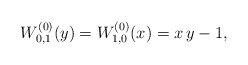
\begin{align*}W^{(0)}_{0,1}(y)=W^{(0)}_{1,0}(x)=x\,y-1,\end{align*}